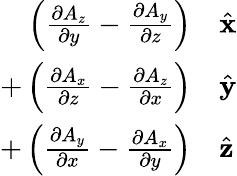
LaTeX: \begin{array}{rl}{\left({\frac{\partial A_{z}}{\partial y}}-{\frac{\partial A_{y}}{\partial z}}\right)}&{{}{\hat{\mathbf{x}}}}\\ {+\left({\frac{\partial A_{x}}{\partial z}}-{\frac{\partial A_{z}}{\partial x}}\right)}&{{}{\hat{\mathbf{y}}}}\\ {+\left({\frac{\partial A_{y}}{\partial x}}-{\frac{\partial A_{x}}{\partial y}}\right)}&{{}{\hat{\mathbf{z}}}}\end{array}